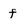
Character: f